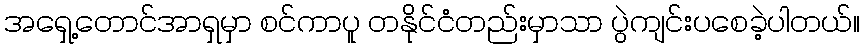
အရှေ့တောင်အာရှမှာ စင်ကာပူ တနိုင်ငံတည်းမှာသာ ပွဲကျင်းပစေခဲ့ပါတယ်။